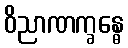
ဝိညာဏက္ခန္ဓေ